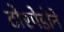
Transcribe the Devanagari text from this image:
टोरपेडोने